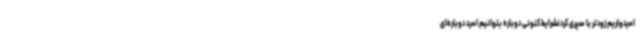
امیدواریم زودتر با سپری کردنشرایط کنونی دوباره بتوانیم امید دوباره‌ای